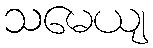
သမေယျ